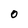
Character: 0